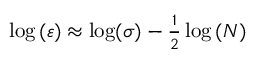
\begin{array} { r } { \log { \left( \varepsilon \right) } \approx \log ( \sigma ) - \frac { 1 } { 2 } \log { ( N ) } } \end{array}